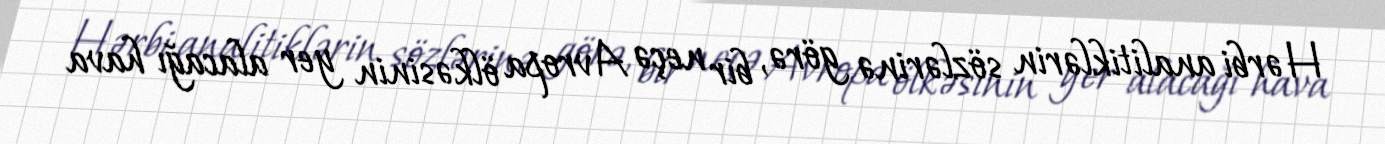
Hərbi analitiklərin sözlərinə görə, bir neçə Avropa ölkəsinin yer alacağı hava